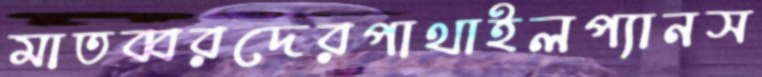
মাতব্বরদেরপাথাইলপ্যানস